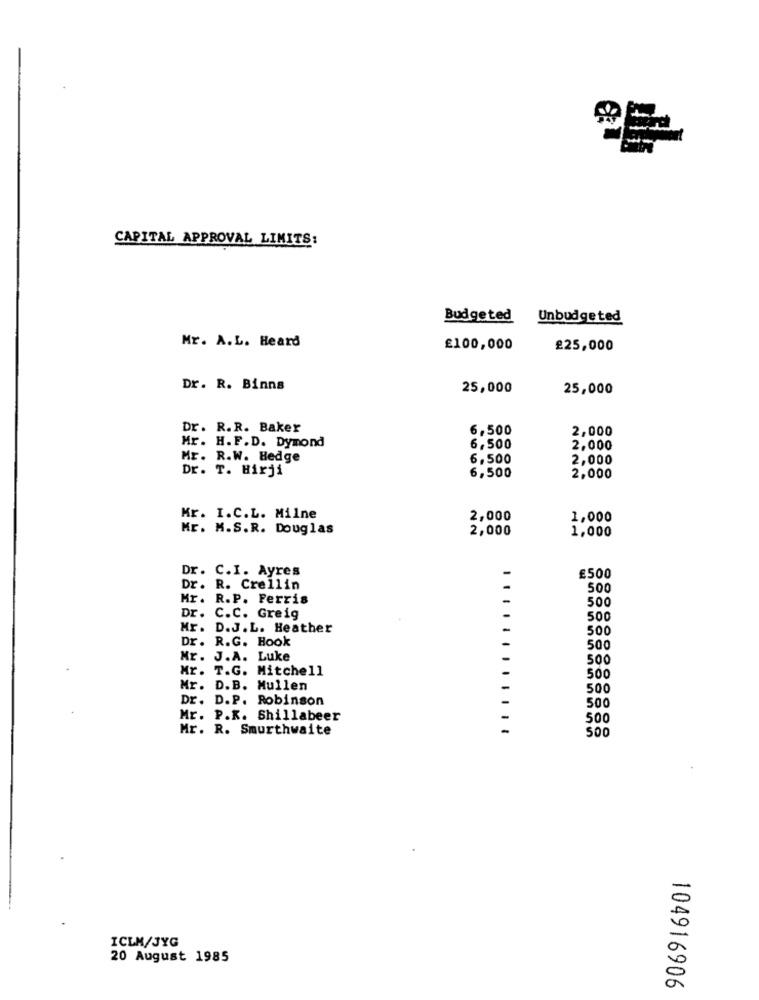
CAPITAL APPROVAL LIMITS:
Budgeted Unbudgeted
Mr. A.L. Heard
£100,000
£25,000
Dr. R. Binns
25,000
25,000
Dr. R.R. Baker
6,500
2,000
Mr. H. F.D. Dymond
6,500
2,000
Mr. R.W. Hedge
6,500
2,000
Dr. T. Hirji
6,500
2,000
Mr. I.C.L. Milne
2,000
1,000
Mr. M.S.R. Douglas
2,000
1,000
Dr. C.I. Ayres
£500
Dr. R. Crellin
500
Mr. R.P. Ferris
500
Dr. C.C. Greig
500
Mr. D.J.L. Heather
500
Dr. R.G. Hook
500
Mr. J.A. Luke
500
Mr. T.G. Mitchell
500
Mr. D.B. Mullen
500
Dr. D.P. Robinson
500
Mr. P.K. Shillabeer
500
Mr. R. Smurthwaite
500
ICLM/JYG
20 August 1985
104916906